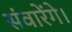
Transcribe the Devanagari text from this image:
संवारेंगे।